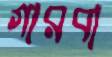
গারবা